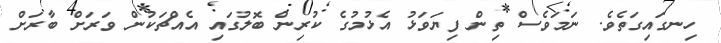
ހިނގައިގަތެވެ. ނަމަވެސް ތިން ފިޔަވަޅު އެޅުމުގެ ކުރިން ބޮލުގައި އެއްޗަކުން ވަރަށް ބާރަށް